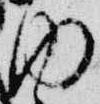
内